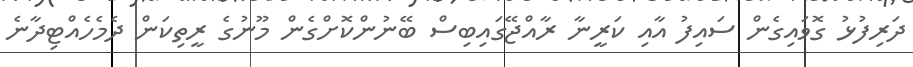
ދަރިފުޅު ގޮވައިގެން ސައިފު އާއި ކަރީނާ ރާއްޖޭގައިބިސް ބޭނުންކޮށްގެން މޫނުގެ ރީތިކަން ދެމެހެއްޓިދާނެ